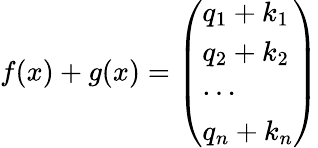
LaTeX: \begin{array}{r}{f(x)+g(x)=\left(\begin{array}{l}{q_{1}+k_{1}}\\ {q_{2}+k_{2}}\\ {\cdots}\\ {q_{n}+k_{n}}\end{array}\right)}\end{array}